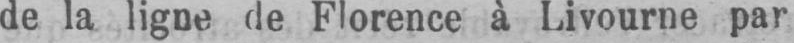
de la ligne de Florence à Livourne par